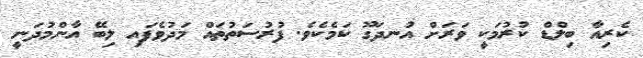
ކެރިއާ ބިލްޑް ކުރުމަކީ ވަރަށް އުނދަގޫ ކަމެކެވެ. ފުރުސަތުތައް މަދުވެފައި ލިބޭ އާންމުދަނީ